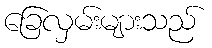
ခြေလှမ်းများသည်